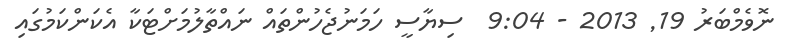
ނޮވެމްބަރު 19